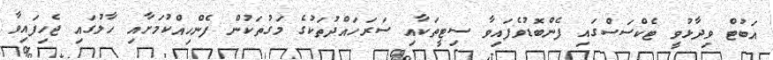
އަބުޓް ވިދާޅުވީ ޓެކްސަސްގައި ފެންބޮޑުވެފައިވާ ސިޓީތަކާއި ސަރަހައްދުތަކުގެ މަގުތަކުން ފެންހިއްކުމަށާއި ހާލުގައި ޖެހިފައިވާ